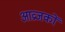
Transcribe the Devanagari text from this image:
आव्रजकों